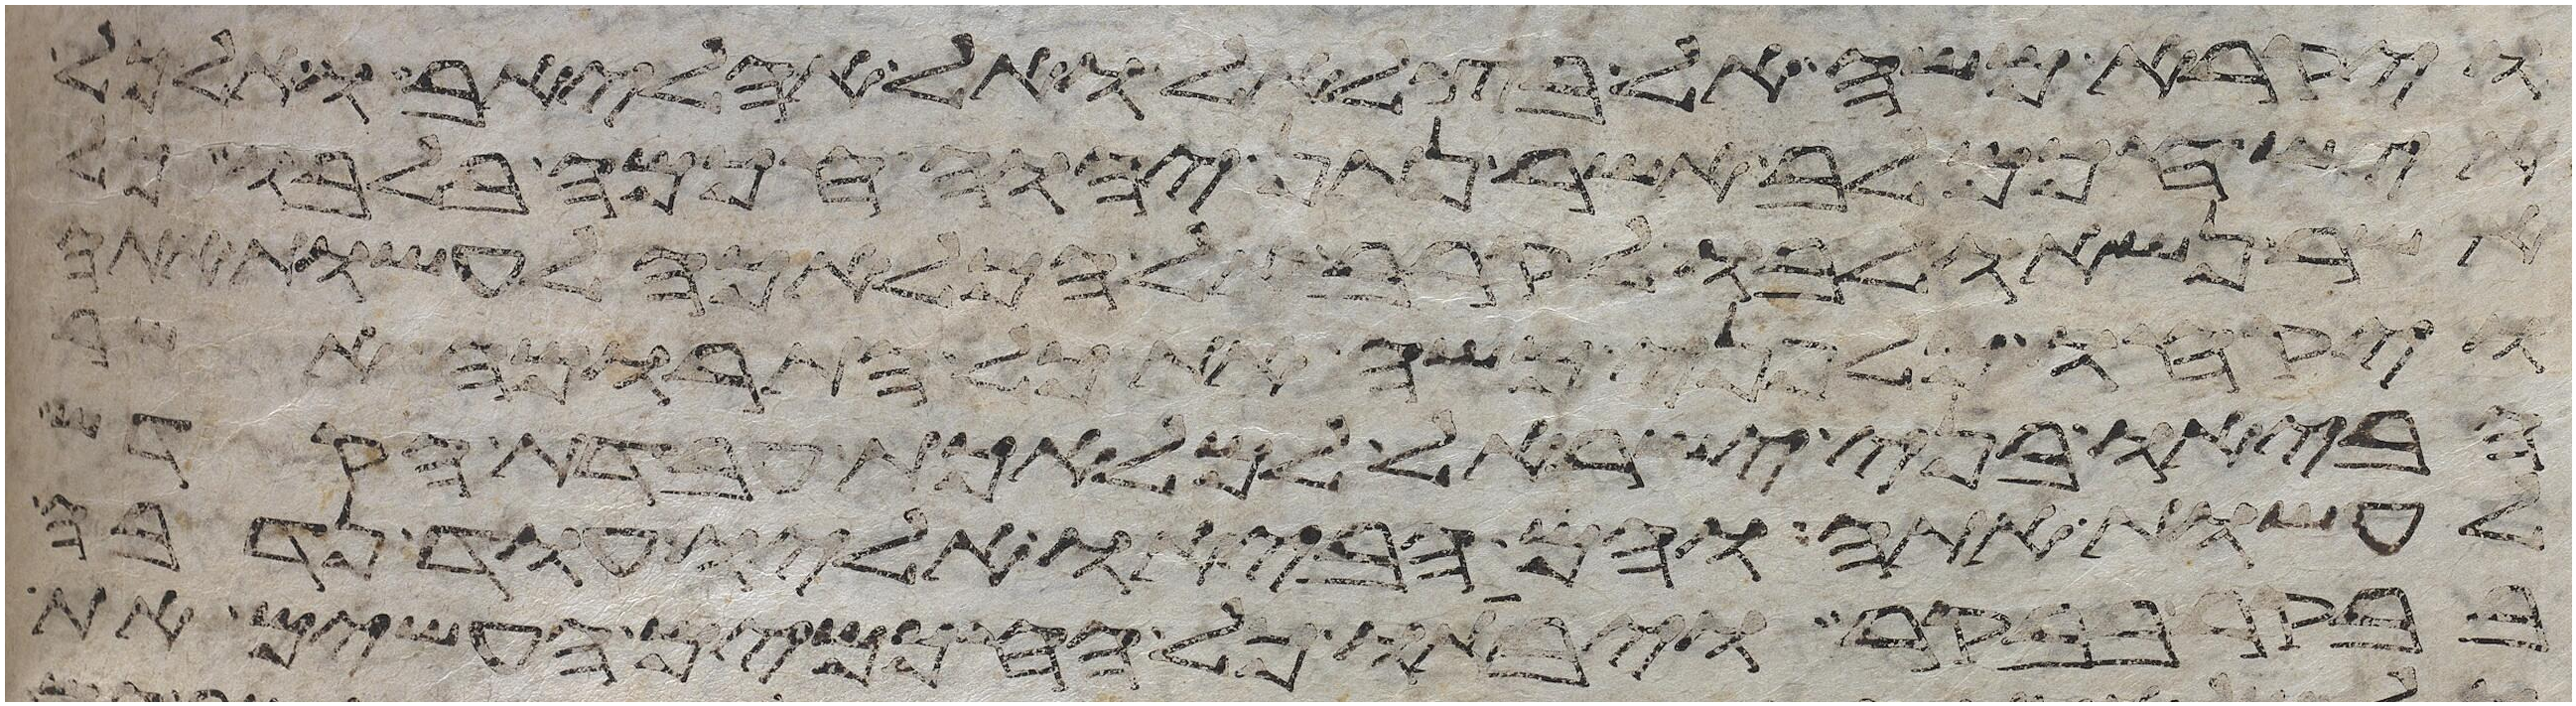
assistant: ויקרא משה אל בצלאל ואל אהליאב ואל כל
איש חכם לב אשר נתן יהוה חכמה בלבו כל
אשר נשאו לבו לקרב אל המלאכה לעשות אתה
ויקחו מלפני משה את כל התרומה אשר
הביאו בני ישראל למלאכת עבדת הקדש
לעשות אתה והם הביאו אליו עוד נדבה
בבקר בבקר ויביאו כל החכמים העשים את